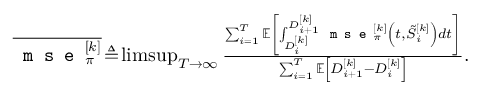
\begin{array} { r } { \overline { { \texttt { m s e } _ { \pi } ^ { [ k ] } } } \! \triangleq \! \operatorname* { l i m s u p } _ { T \rightarrow \infty } \frac { \sum _ { i = 1 } ^ { T } { \mathbb { E } } \left[ \int _ { D _ { i } ^ { [ k ] } } ^ { D _ { i + 1 } ^ { [ k ] } } \texttt { m s e } _ { \pi } ^ { [ k ] } \left( t , \tilde { S } _ { i } ^ { [ k ] } \right) d t \right] } { \sum _ { i = 1 } ^ { T } \mathbb { E } \left[ D _ { i + 1 } ^ { [ k ] } - D _ { i } ^ { [ k ] } \right] } . } \end{array}